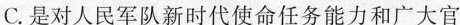
C.是对人民军队新时代使命任务能力和广大官